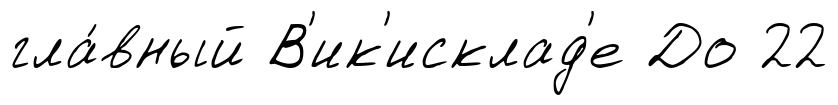
гла́вный В'ик'исклад'е До 22